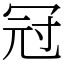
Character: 冠